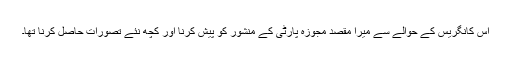
اس کانگریس کے حوالے سے میرا مقصد مجوزہ پارٹی کے منشور کو پیش کرنا اور کچھ نئے تصورات حاصل کرنا تھا۔